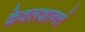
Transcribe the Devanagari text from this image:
केवलशान्तं